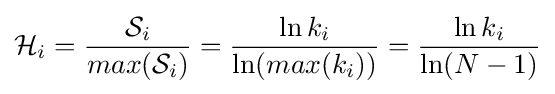
{\mathcal {H}}_{i}={\frac {{\mathcal {S}}_{i}}{max({\mathcal {S}}_{i})}}={\frac {\ln {k_{i}}}{\ln(max(k_{i}))}}={\frac {\ln {k_{i}}}{\ln(N-1)}}